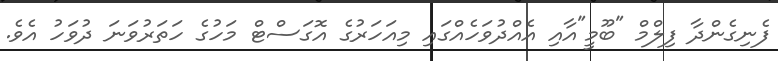
ފެނިގެންދާ ފިލްމް "ބޫމީ"އާއި އެއްދުވަހެއްގައި މިއަހަރުގެ އޮގަސްޓް މަހުގެ ހަތަރުވަނަ ދުވަހު އެވެ.